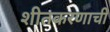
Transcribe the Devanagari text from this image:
शीतकरणाची